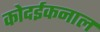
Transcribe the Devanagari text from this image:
कोदईकनाल